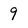
Character: 9